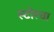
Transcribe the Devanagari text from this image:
स्टोरचा